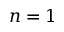
n = 1